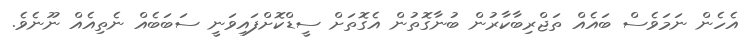
އެހެން ނަމަވެސް ބައެއް ތަޖްރިބާކާރުން ބުނާގޮތުން އެގޮތަށް ސީޑްކޮށްފައިވަނީ ސަބަބެއް ނެތިއެއް ނޫނެވެ.